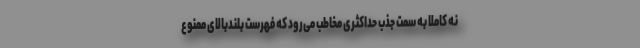
نه کاملا به سمت جذب حداکثری مخاطب می‌رود که فهرست بلندبالای ممنوع